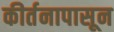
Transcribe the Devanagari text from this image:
कीर्तनापासून